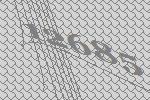
12685